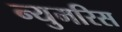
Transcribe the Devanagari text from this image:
न्युमरिस